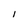
Character: l